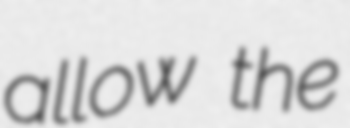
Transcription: allow the